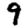
Digit: 9